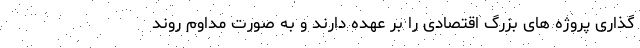
گذاری پروژه های بزرگ اقتصادی را بر عهده دارند و به صورت مداوم روند